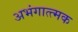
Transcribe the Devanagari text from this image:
अभंगात्त्मक